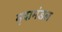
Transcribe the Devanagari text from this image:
मृदामंडल